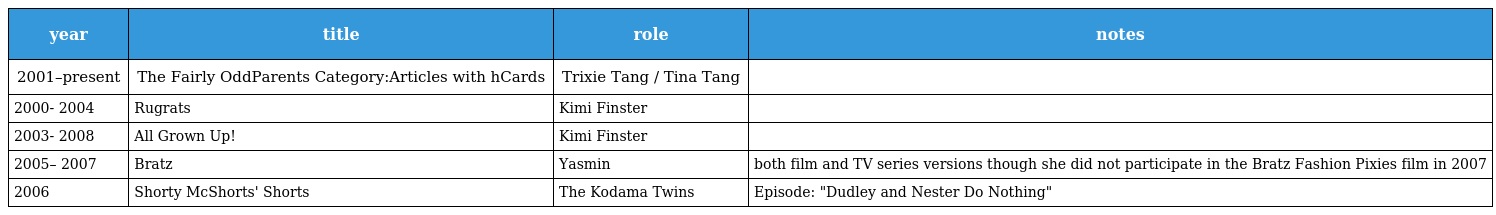
| year | title | role | notes |
 | --- | --- | --- | --- |
 | 2001–present | The Fairly OddParents Category:Articles with hCards | Trixie Tang / Tina Tang |  |
 | 2000- 2004 | Rugrats | Kimi Finster |  |
 | 2003- 2008 | All Grown Up! | Kimi Finster |  |
 | 2005– 2007 | Bratz | Yasmin | both film and TV series versions though she did not participate in the Bratz Fashion Pixies film in 2007 |
 | 2006 | Shorty McShorts' Shorts | The Kodama Twins | Episode: "Dudley and Nester Do Nothing" |